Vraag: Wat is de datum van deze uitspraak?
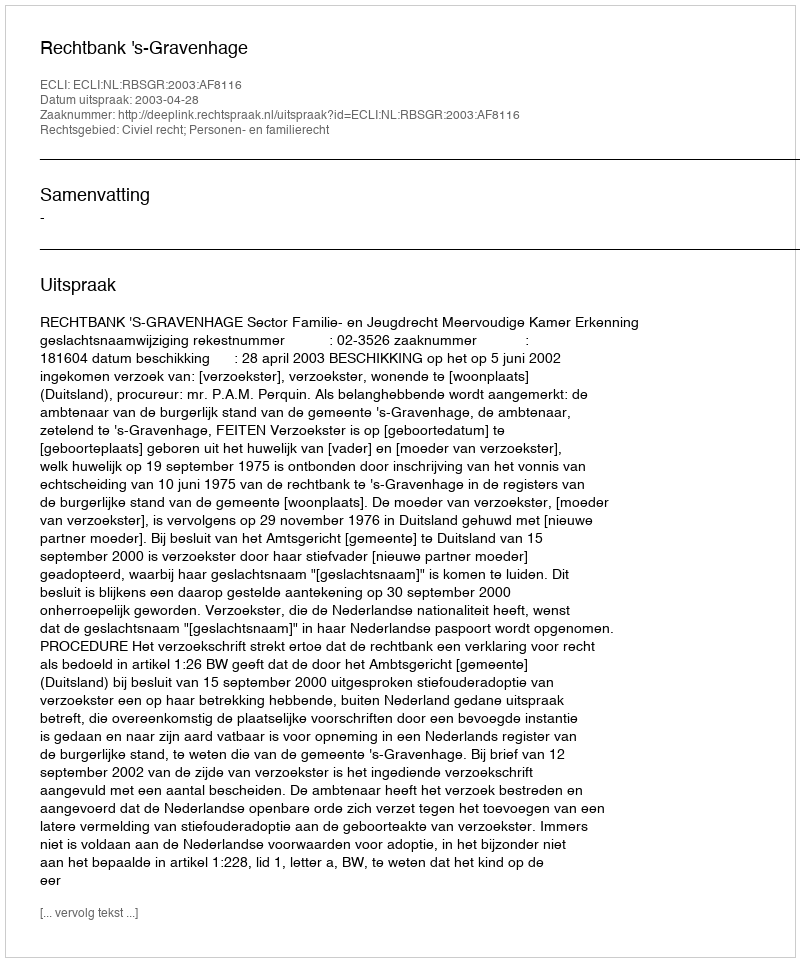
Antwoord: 2003-04-28